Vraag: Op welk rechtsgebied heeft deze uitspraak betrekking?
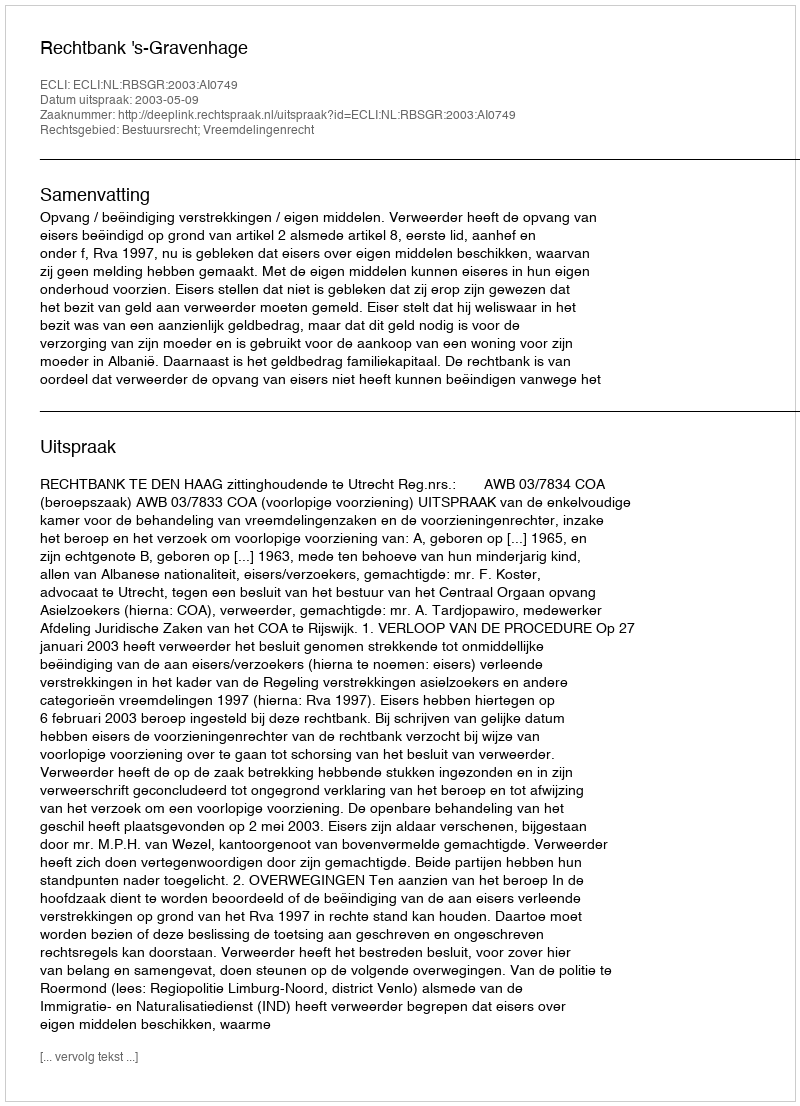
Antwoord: Bestuursrecht; Vreemdelingenrecht